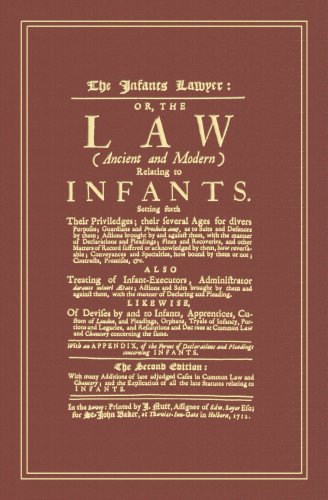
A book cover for The Infants Lawyer: Or the Law (Ancient and Modern) Relating to Infants. Setting Forth Their Priviledges; Their Several Ages for Divers Purposes; ... Them; Actions Brought by and Against Them...; Samuel Carter; Law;